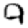
Digit: 9